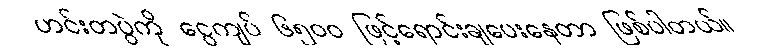
ဟင်းတပွဲကို ငွေကျပ် ၆၅၀၀ ဖြင့်ရောင်းချပေးနေတာ ဖြစ်ပါတယ်။